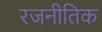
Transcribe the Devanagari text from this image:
रजनीतिक